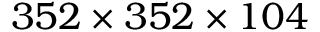
3 5 2 \times 3 5 2 \times 1 0 4